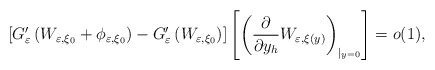
\begin{align*}\left[ G_{\varepsilon}^{\prime}\left( W_{\varepsilon,\xi_{0}}+\phi_{\varepsilon,\xi_{0}}\right) -G_{\varepsilon}^{\prime}\left( W_{\varepsilon,\xi_{0}}\right) \right] \left[ \left( \frac{\partial}{\partial y_{h}}W_{\varepsilon,\xi(y)}\right) _{|_{y=0}}\right] =o(1), \end{align*}